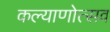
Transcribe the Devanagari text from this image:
कल्‍याणोत्‍सव